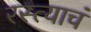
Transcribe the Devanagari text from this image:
रस्त्याचं